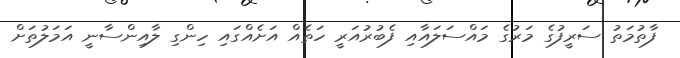
ފާތުމަތު ސަރީފުގެ މަރުގެ މައްސަލައާއި ފެބުރުއަރީ ހަތެއް އަށެއްގައި ހިންގި ލާއިންސާނީ އަމަލުތަށް